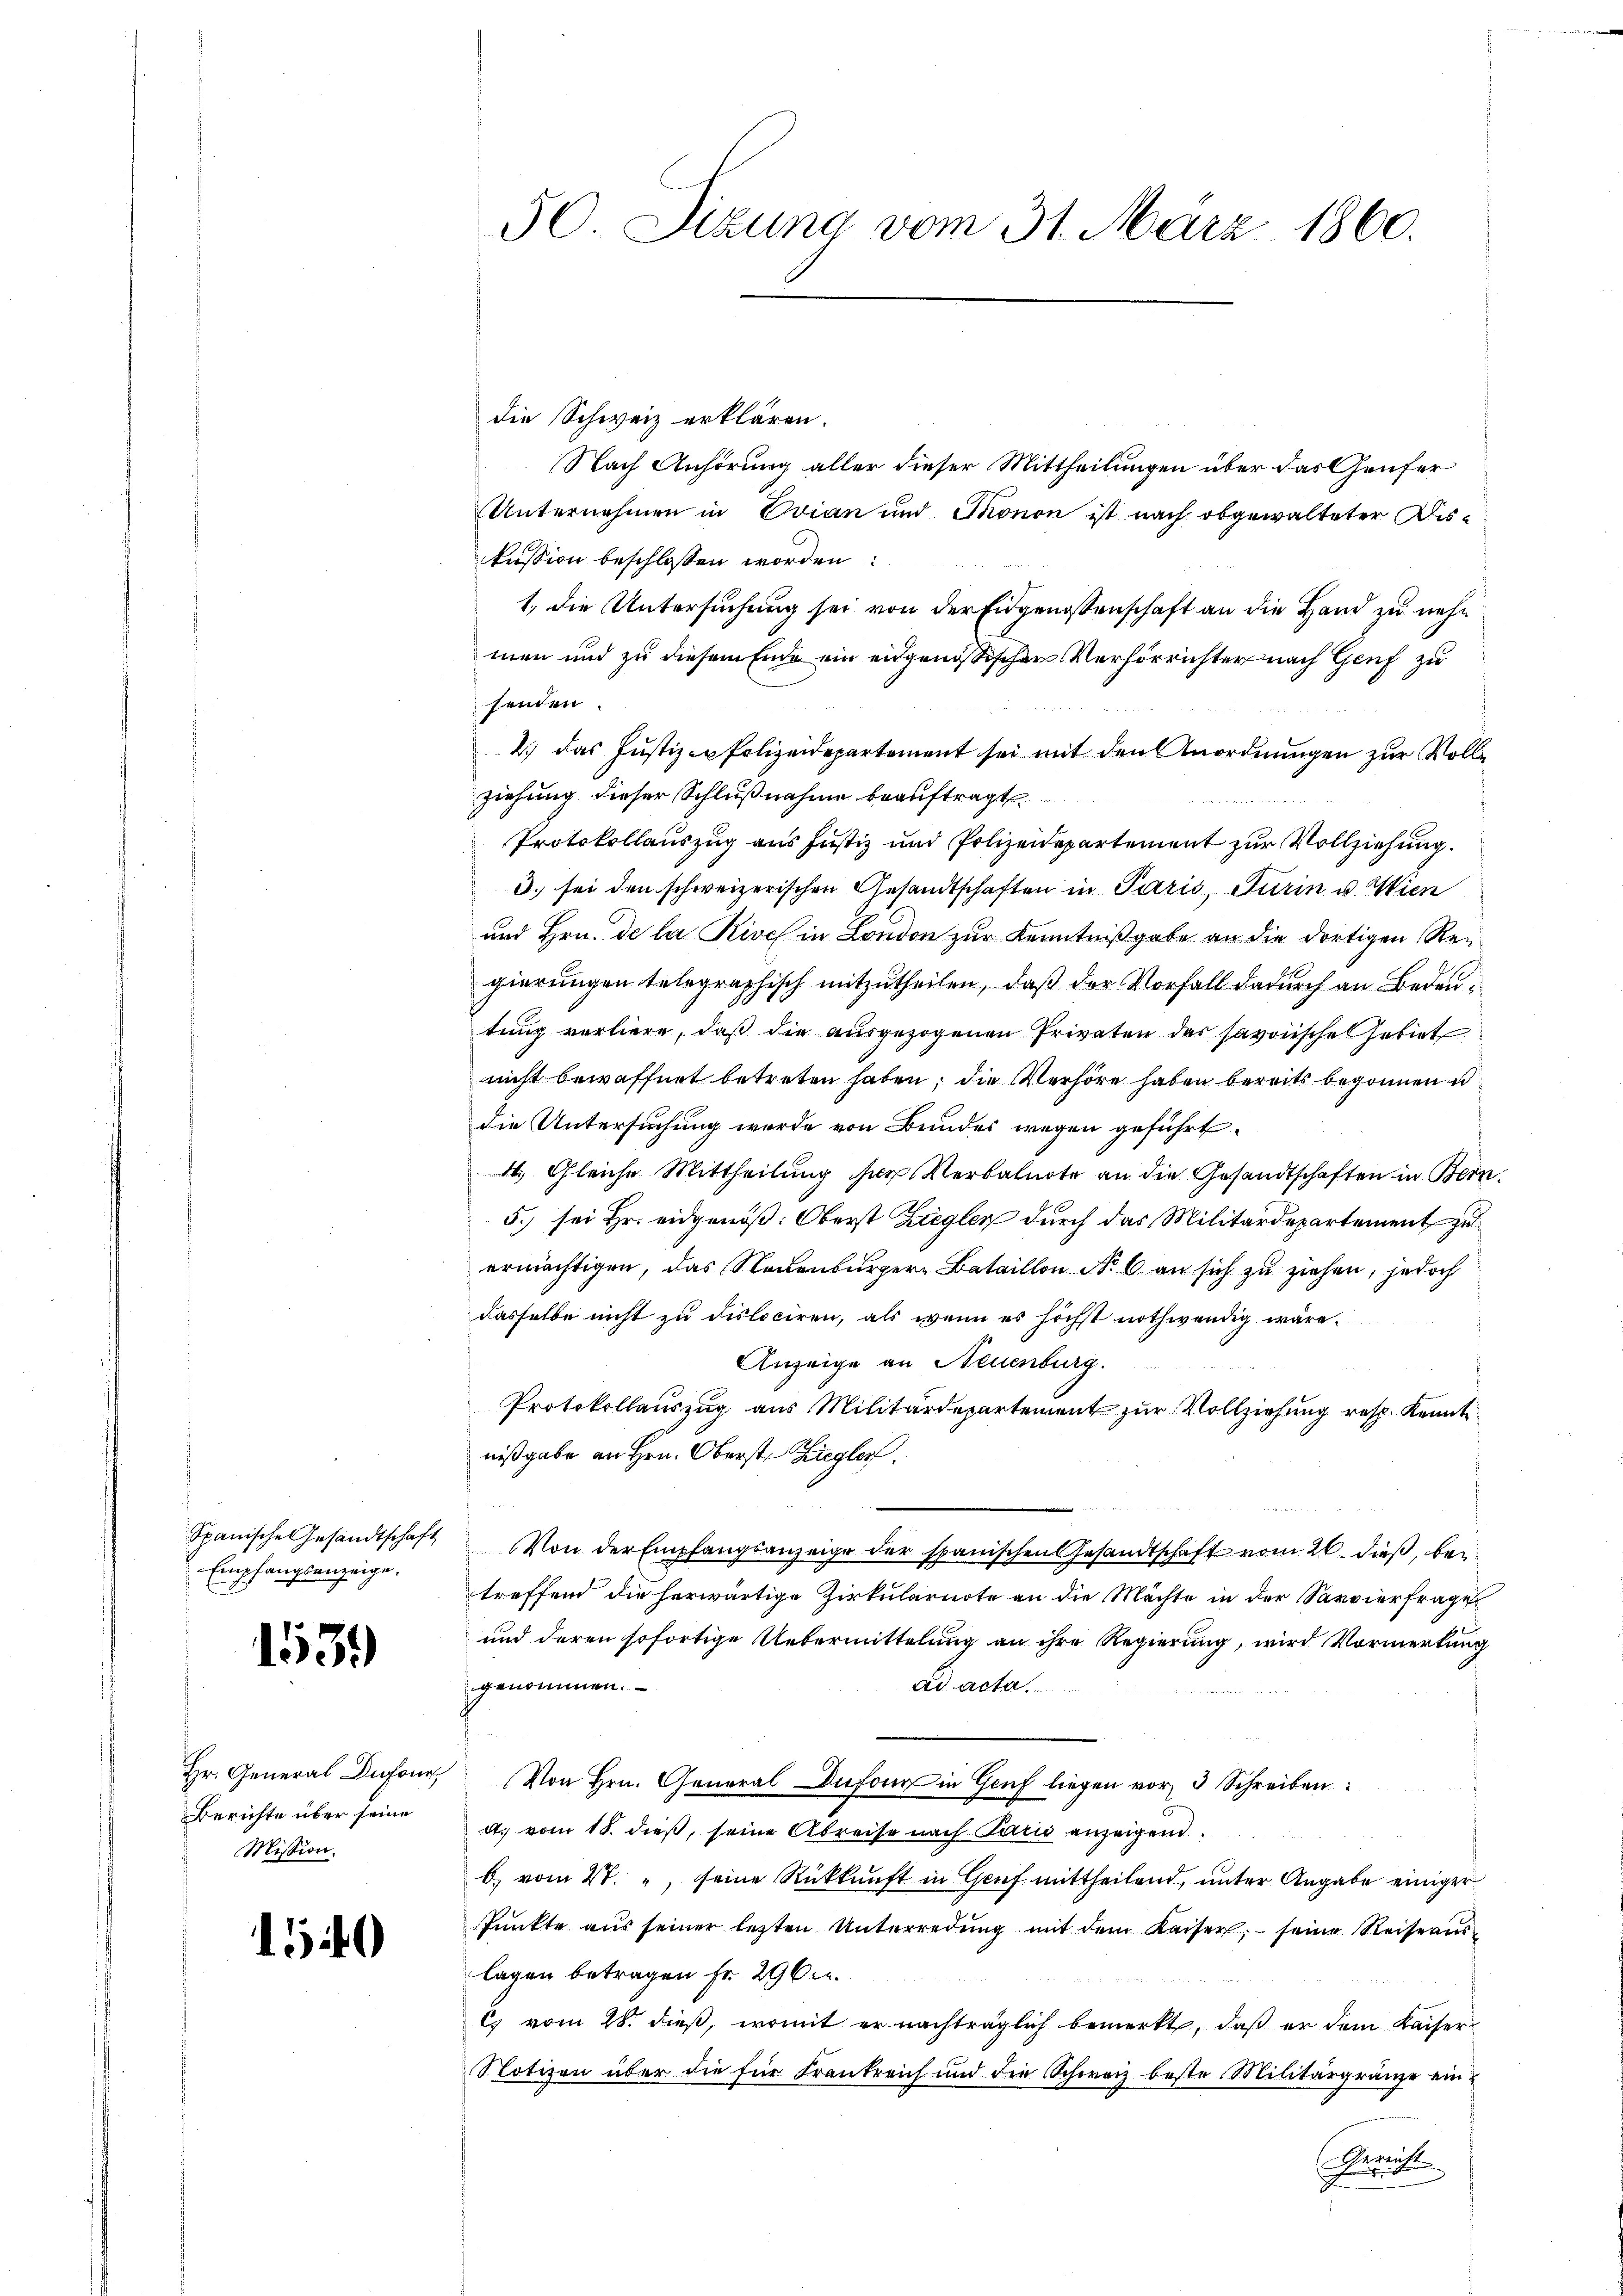
Spanische Gesandtschaft
Empfangsanzeige.

153.

Hr. General Dufour,
Berichte über seine
Mission.

150

50. Sizung vom 31. März 1860.

die Schweiz erklären.
Nach Anhörung aller dieser Mittheilungen über das Genfer
Unternehmen in Evian und Thonon ist nach obgewalteter Diskussion beschlossen worden:
1. die Untersuchung sei von der Eidgenossenschaft an die Hand zu nehmen und zu diesem Ende ein eidgenössischen Verhörrichter nach Genf zu
fenden
2.) das Justiz-Polizeidepartement sei mit den Anordnungen zur Vollziehung dieser Schlußnahme beauftragt.
Protokollauszug aus Justiz und Polizeidepartement zur Vollziehung.
3. sei den schweizerischen Gesandtschaften in Paris, Turin u. Wien
und Hrn. de la Rive in London zur Kenntnißgabe an die dortigen Regierungen telegraphisch mitzutheilen, daß der Vorfall dadurch an Bedeutung verliere, daß die ausgezogenen Privaten das savonische Gebiet
nicht bewaffnet betreten haben; die Verhöre haben bereits begonnen u
die Untersuchung wurde von Bundes wegen geführt.
4. Gleiche Mittheilung sie Verbalnote an die Gesandtschaften in Bern
5.) sei Hr. eidgenöß: Oberst Ziegler durch das Militärdepartement zuermächtigen, das Neuenburger Bataillon No 6 an sich zu ziehen, jedoch
dasselbe nicht zu dislociren, als wenn es höchst nothwendig wäre.
Anzeige an Neuenburg.
Protokollauszug aus Militärdepartement zur Vollziehung resp. Kennt
nißgabe an Hrn. Oberst Ziegler.
Von der Empfangsanzeige der spanischen Gesandtschaft vom 26. dieß, betreffend die herwärtige Zirkularnote an die Machte in der Servierfrage
und deren sofortige Uebermittelung an ihre Regierung, wird Vormerkung
genommen.
ad acta.
Von Hrn. General Dufour in Genf liegen vor 3 Schreiben:
d. vom 18. dieß, seine Abreise nach Paris anzeigend
b) vom 4t. " seine Rückkunft in Gruf mittheilend, unter Angabe einiger
spunkte aŭs seiner letzten Unterredung mit dem Kaiser, seine Reise auslagen betragen Fr. 296 f.
C vom 28. dieß, womit er nachträglich bemerkt, daß er dem Kaiser
Notizen über die für Frankreich und die Schweiz beste Militärgränze ein¬
Kran